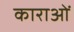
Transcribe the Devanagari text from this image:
काराओं